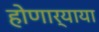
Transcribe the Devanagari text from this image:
होणार्‍याया